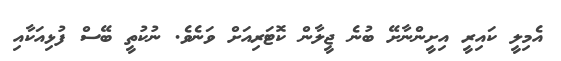
އެމިލީ ކައިރީ އިށީންނާށޭ ބުނެ ޖީލާން ކޮޓަރިއަށް ވަނެވެ. ނުކުތީ ބޭސް ފުޅިއަކާއި